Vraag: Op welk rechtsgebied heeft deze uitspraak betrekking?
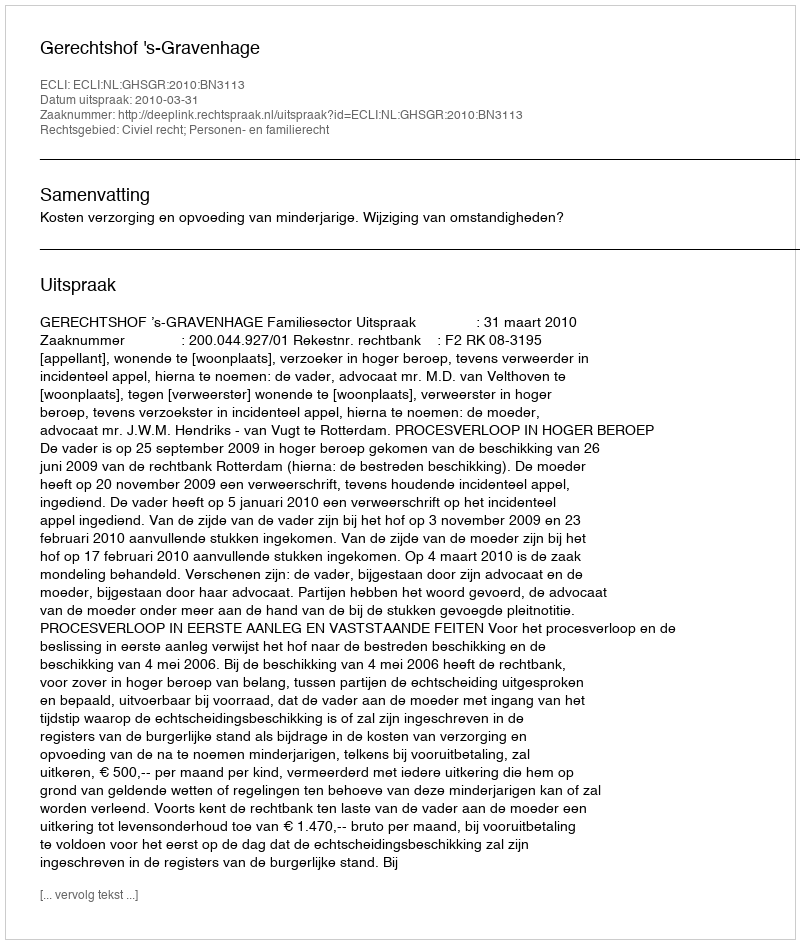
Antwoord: Civiel recht; Personen- en familierecht